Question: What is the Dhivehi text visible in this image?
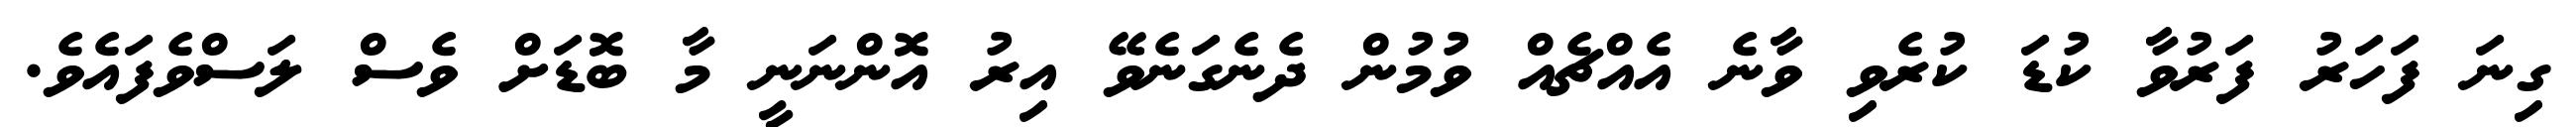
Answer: ގިނަ ފަހަރު ފަރުވާ ކުޑަ ކުރެވި ވާނެ އެއްޗެއް ވުމުން ދެނެގަނެވޭ އިރު އޮންނަނީ މާ ބޮޑަށް ވެސް ލަސްވެފައެވެ.